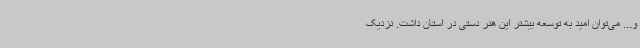
و... می‌توان امید به توسعه‌ بیشتر این هنر دستی در استان داشت. نزدیک